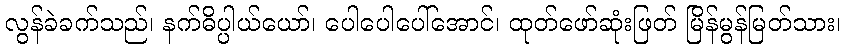
လွန်ခဲခက်သည်၊ နက်ဓိပ္ပါယ်ယော်၊ ပေါပေါပေါ်အောင်၊ ထုတ်ဖော်ဆုံးဖြတ် မြိန်မွန်မြတ်သား၊